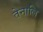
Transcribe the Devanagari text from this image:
तेनालि